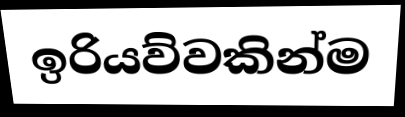
ඉරියව්වකින්ම